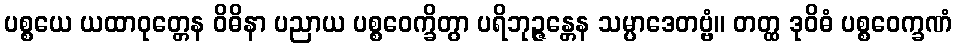
ပစ္စယေ ယထာဝုတ္တေန ဝိဓိနာ ပညာယ ပစ္စဝေက္ခိတွာ ပရိဘုဉ္ဇန္တေန သမ္ပာဒေတဗ္ဗံ။ တတ္ထ ဒုဝိဓံ ပစ္စဝေက္ခဏံ